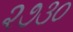
૨૭૩૦